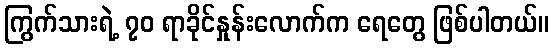
ကြွက်သားရဲ့ ၇၀ ရာခိုင်နှုန်းလောက်က ရေတွေ ဖြစ်ပါတယ်။